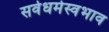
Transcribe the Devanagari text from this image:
सर्वधर्मस्वभाव